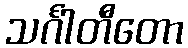
သင်္ဂါတီတော